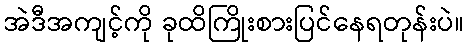
အဲဒီအကျင့်ကို ခုထိကြိုးစားပြင်နေရတုန်းပဲ။